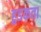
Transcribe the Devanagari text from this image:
हुडकता